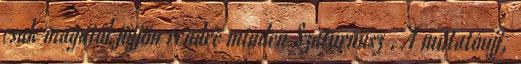
csak magától jöjjön rendre minden Szaturnusz . A mutatóujj,